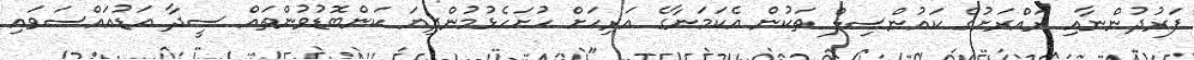
ފަރުދުންނާއި ރައްރަށުގެ ކައުންސިލް ތަކުން އެކަމަނާގެ އަރިހަށް ހުށަހެޅުމުންދިޔަ ކަންބޮޑުވުންތައް ސީދާ އަޑުއައްސަވައި